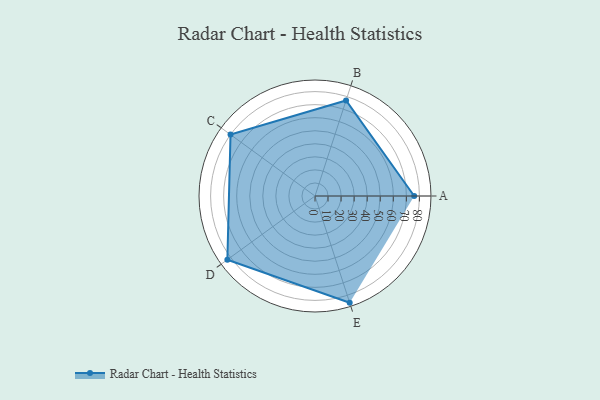
{"axis": {"x": "Skill", "y": "Score"}, "legend": ["Profile"], "data": [{"x": "A", "y": 76.0, "type": "Profile"}, {"x": "B", "y": 77.0, "type": "Profile"}, {"x": "C", "y": 80.0, "type": "Profile"}, {"x": "D", "y": 83.0, "type": "Profile"}, {"x": "E", "y": 86.0, "type": "Profile"}]}